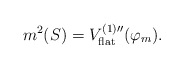
\begin{align*}m^2(S)=V_{\mbox{\scriptsize flat}}^{(1) \prime \prime}(\varphi_m).\end{align*}